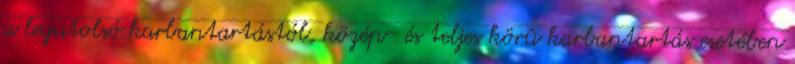
a legutolsó karbantartástól, közép- és teljes körû karbantartás esetében